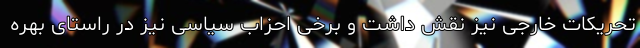
تحریکات خارجی نیز نقش داشت و برخی احزاب سیاسی نیز در راستای بهره